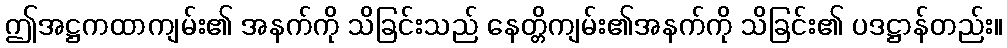
ဤအဋ္ဌကထာကျမ်း၏ အနက်ကို သိခြင်းသည် နေတ္တိကျမ်း၏အနက်ကို သိခြင်း၏ ပဒဋ္ဌာန်တည်း။